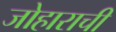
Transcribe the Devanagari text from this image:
जोहाराची